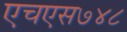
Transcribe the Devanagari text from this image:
एचएस७४८